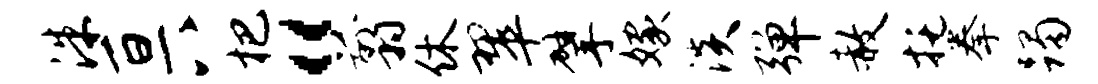
洙亘八杷“翦休翠擘嫁淡弹赦托拳躅